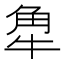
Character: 𧢻